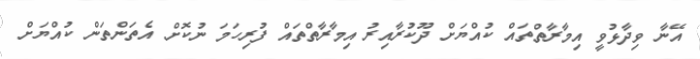
އޭނާ ވިދާޅުވީ އިމާރާތްތައް ކުއްޔަށް ދޫކުރާއިރު އިމާރާތްތައް ފުރިހަމަ ނުކޮށް އެތަންތަން ކުއްޔަށް